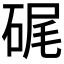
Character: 𥒮